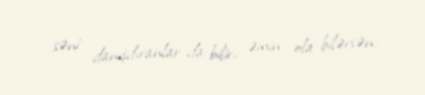
səni danışdıranlar da bilir, əmin ola bilərsən.